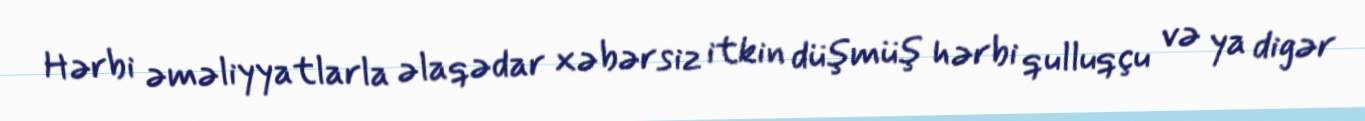
Hərbi əməliyyatlarla əlaqədar xəbərsiz itkin düşmüş hərbi qulluqçu və ya digər